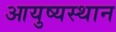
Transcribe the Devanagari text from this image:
आयुष्यस्थान